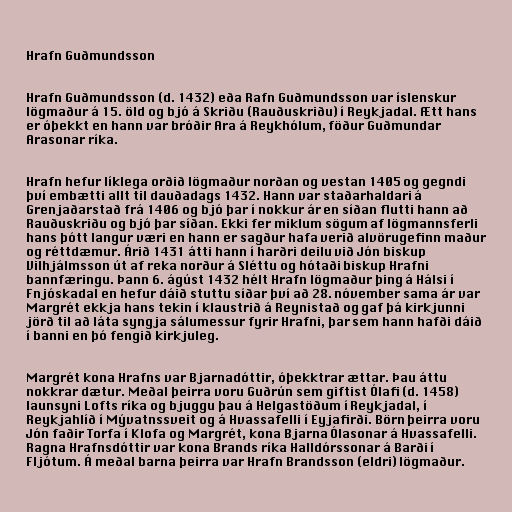
Hrafn Guðmundsson

Hrafn Guðmundsson (d. 1432) eða Rafn Guðmundsson var íslenskur
lögmaður á 15. öld og bjó á Skriðu (Rauðuskriðu) í Reykjadal. Ætt hans
er óþekkt en hann var bróðir Ara á Reykhólum, föður Guðmundar
Arasonar ríka.

Hrafn hefur líklega orðið lögmaður norðan og vestan 1405 og gegndi
því embætti allt til dauðadags 1432. Hann var staðarhaldari á
Grenjaðarstað frá 1406 og bjó þar í nokkur ár en síðan flutti hann að
Rauðuskriðu og bjó þar síðan. Ekki fer miklum sögum af lögmannsferli
hans þótt langur væri en hann er sagður hafa verið alvörugefinn maður
og réttdæmur. Árið 1431 átti hann í harðri deilu við Jón biskup
Vilhjálmsson út af reka norður á Sléttu og hótaði biskup Hrafni
bannfæringu. Þann 6. ágúst 1432 hélt Hrafn lögmaður þing á Hálsi í
Fnjóskadal en hefur dáið stuttu síðar því að 28. nóvember sama ár var
Margrét ekkja hans tekin í klaustrið á Reynistað og gaf þá kirkjunni
jörð til að láta syngja sálumessur fyrir Hrafni, þar sem hann hafði dáið
í banni en þó fengið kirkjuleg.

Margrét kona Hrafns var Bjarnadóttir, óþekktrar ættar. Þau áttu
nokkrar dætur. Meðal þeirra voru Guðrún sem giftist Ólafi (d. 1458)
launsyni Lofts ríka og bjuggu þau á Helgastöðum í Reykjadal, í
Reykjahlíð í Mývatnssveit og á Hvassafelli í Eyjafirði. Börn þeirra voru
Jón faðir Torfa í Klofa og Margrét, kona Bjarna Ólasonar á Hvassafelli.
Ragna Hrafnsdóttir var kona Brands ríka Halldórssonar á Barði í
Fljótum. Á meðal barna þeirra var Hrafn Brandsson (eldri) lögmaður.